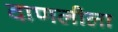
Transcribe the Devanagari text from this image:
दाणलीला